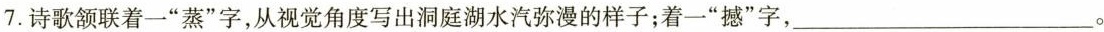
7.诗歌颔联着一”蒸”字，从视觉角度写出洞庭湖水汽弥漫的样子；着一”撼”字，___。